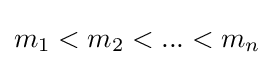
m_{1}<m_{2}<...<m_{n}